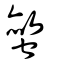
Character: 螫